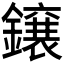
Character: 𮣐